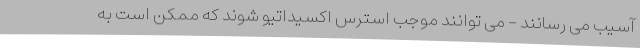
آسیب می رسانند - می توانند موجب استرس اکسیداتیو شوند که ممکن است به